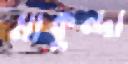
মাকুন্দা